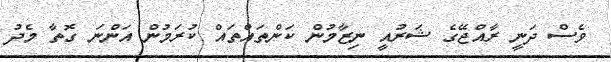
ވެސް ދަނީ ރާއްޖޭގެ ޝަރުއީ ނިޒާމުން ކަންތައްތައް ކުރަމުން އަންނަ ގޮތާ މެދު